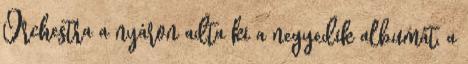
Orchestra a nyáron adta ki a negyedik albumát, a